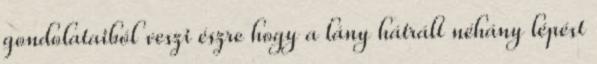
gondolataiból veszi észre hogy a lány hátrált néhány lépést